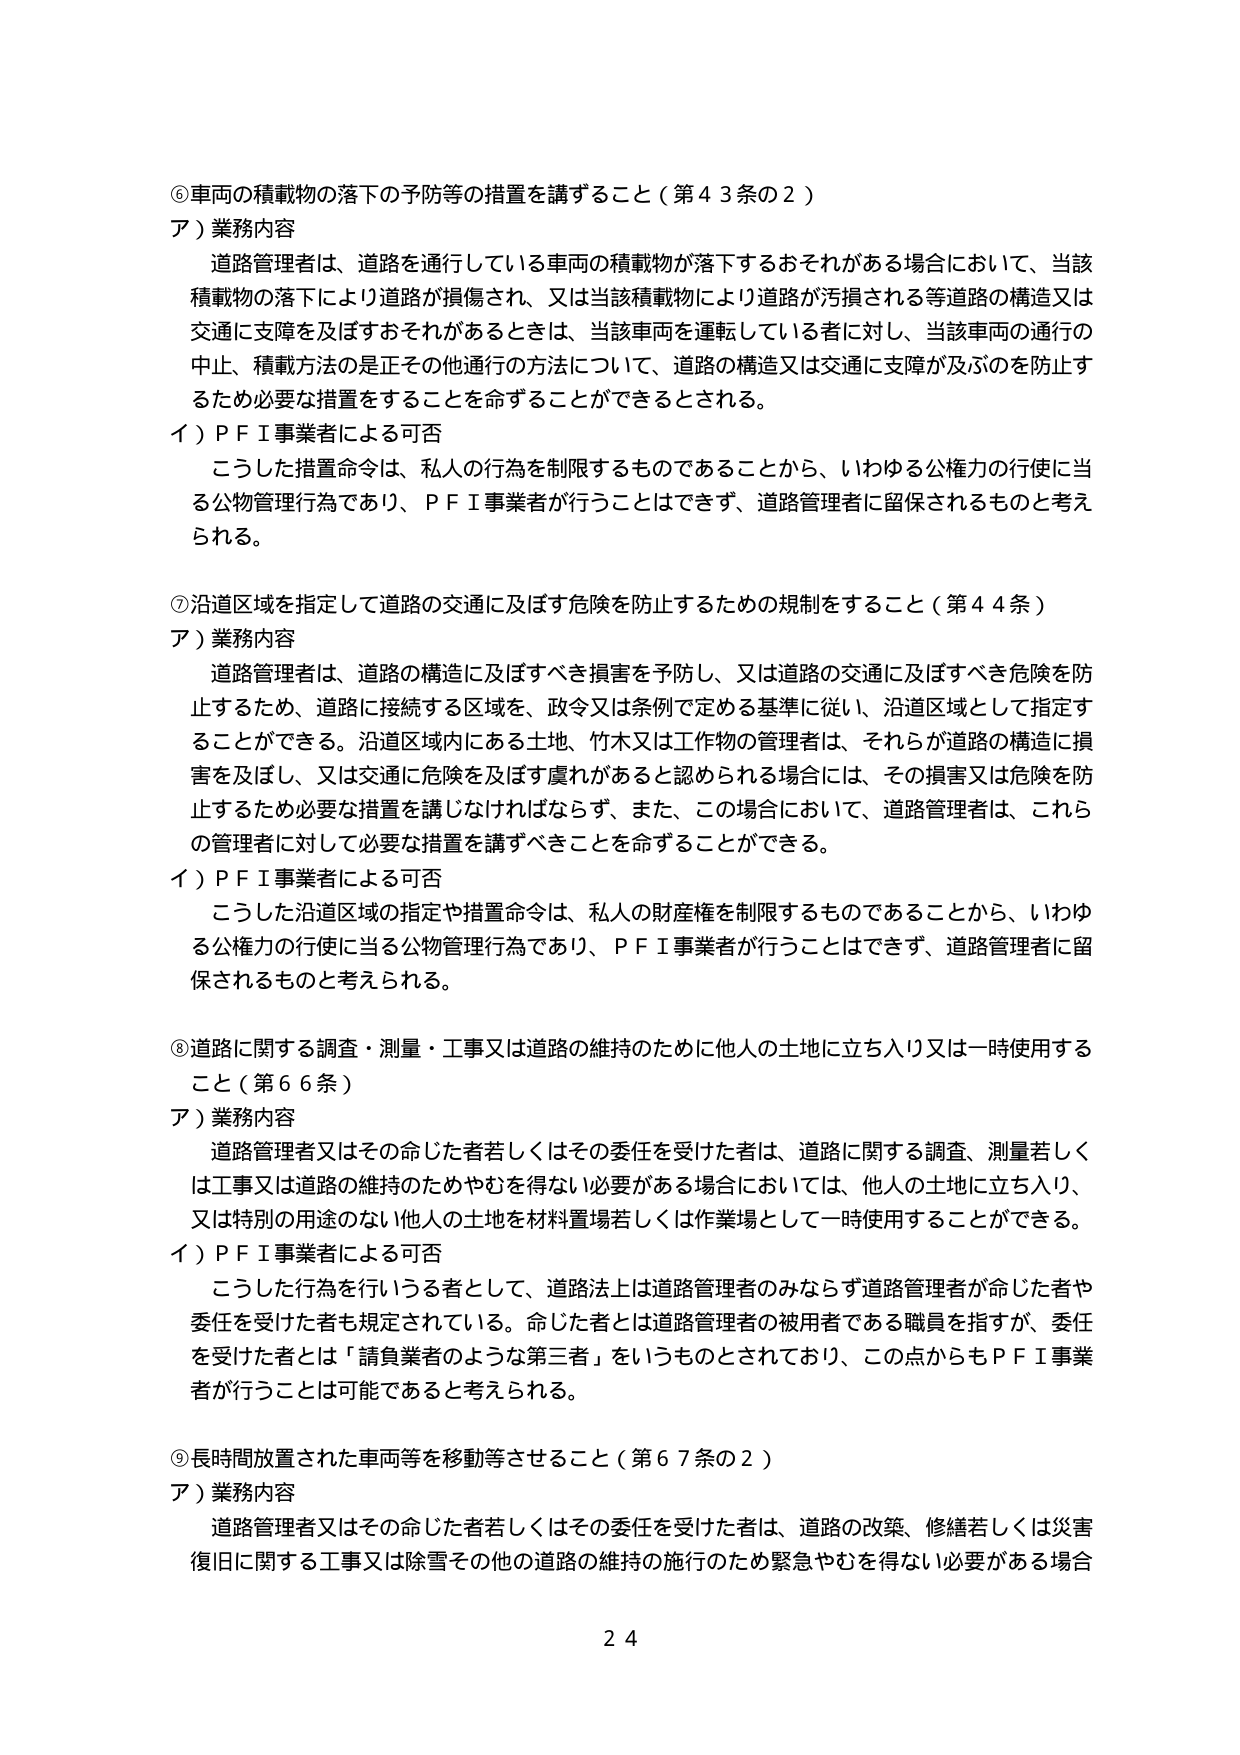
⑥車両の積載物の落下の予防等の措置を講ずること（第43条の2）
ア）業務内容
　道路管理者は、道路を通行している車両の積載物が落下するおそれがある場合において、当該積載物の落下により道路が損傷され、又は当該積載物により道路が汚損される等道路の構造又は交通に支障を及ぼすおそれがあるときは、当該車両を運転している者に対し、当該車両の通行の中止、積載方法の是正その他通行の方法について、道路の構造又は交通に支障が及ぶのを防止するため必要な措置をすることを命ずることができるとうされる。
イ）ＰＦＩ事業者による可否
　こうした措置命令は、私人の行為を制限するものであることから、いわゆる公権力の行使に当る公物管理行為であり、ＰＦＩ事業者が行うことはできず、道路管理者に留保されるものと考えられる。

⑦沿道区域を指定して道路の交通に及ぼす危険を防止するための規制をすること（第44条）
ア）業務内容
　道路管理者は、道路の構造に及ぼすべき損害を予防し、又は道路の交通に及ぼすべき危険を防止するため、道路に接続する区域を、政令又は条例で定める基準に従い、沿道区域として指定することができる。沿道区域内にある土地、竹木又は工作物の管理者は、それらが道路の構造に損害を及ぼし、又は交通に危険を及ぼす虞れがあると認められる場合には、その損害又は危険を防止するため必要な措置を講じなければならず、また、この場合において、道路管理者は、これらの管理者に対して必要な措置を講ずべきことを命ずることができる。
イ）ＰＦＩ事業者による可否
　こうした沿道区域の指定や措置命令は、私人の財産権を制限するものであることから、いわゆる公権力の行使に当る公物管理行為であり、ＰＦＩ事業者が行うことはできず、道路管理者に留保されるものと考えられる。

⑧道路に関する調査・測量・工事又は道路の維持のために他人の土地に立ち入り又は一時使用すること（第66条）
ア）業務内容
　道路管理者又はその命じた者若しくはその委任を受けた者は、道路に関する調査、測量若しくは工事又は道路の維持のためやむを得ない必要がある場合においては、他人の土地に立ち入り、又は特別の用途のない他人の土地を材料置場若しくは作業場として一時使用することができる。
イ）ＰＦＩ事業者による可否
　こうした行為を行う者として、道路法上は道路管理者のみならず道路管理者が命じた者や委任を受けた者も規定されている。命じた者とは道路管理者の被用者である職員を指すが、委任を受けた者とは「請負業者のような第三者」をいうものとされており、この点からもＰＦＩ事業者が行うことは可能であると考えられる。

⑨長時間放置された車両等を移動等させること（第67条の2）
ア）業務内容
　道路管理者又はその命じた者若しくはその委任を受けた者は、道路の改築、修繕若しくは災害復旧に関する工事又は除雪その他の道路の維持の施行のため緊急やむを得ない必要がある場合

24